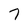
Character: 7